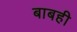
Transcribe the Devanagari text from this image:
बाबही